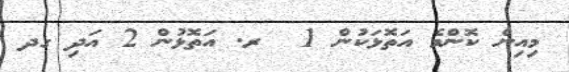
މިއިން ކޮންމެ އަތޮޅަކުން 1  ރ. އަތޮޅުން 2 އަދި ގދ